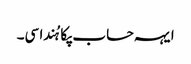
ایہہ حساب پکا ہُندا سی۔